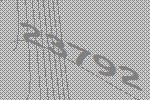
23792